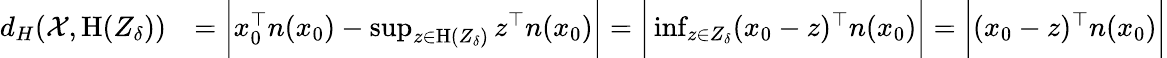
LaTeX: \begin{array}{rl}{d_{H}(\mathcal{X},\textrm{H}(Z_{\delta}))}&{=\bigg|x_{0}^{\top}n(x_{0})-\operatorname*{sup}_{z\in\textrm{H}(Z_{\delta})}z^{\top}n(x_{0})\bigg|=\bigg|\operatorname*{inf}_{z\in Z_{\delta}}(x_{0}-z)^{\top}n(x_{0})\bigg|=\bigg|(x_{0}-z)^{\top}n(x_{0})\bigg|}\end{array}